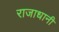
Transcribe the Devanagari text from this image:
राजाधानी